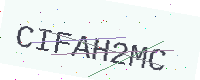
Text: CIFAH2MC